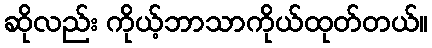
ဆိုလည်း ကိုယ့်ဘာသာကိုယ်ထုတ်တယ်။